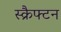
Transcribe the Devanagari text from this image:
स्क्रैफ्टन